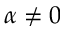
\alpha \neq 0